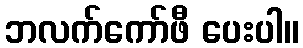
ဘလက်ကော်ဖီ ပေးပါ။